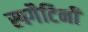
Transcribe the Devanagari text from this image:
स्पगैटिनी